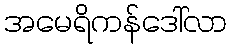
အမေရိကန်ဒေါ်လာ